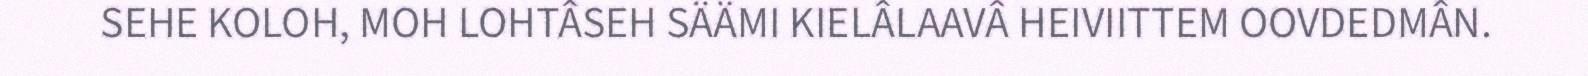
SEHE KOLOH, MOH LOHTÂSEH SÄÄMI KIELÂLAAVÂ HEIVIITTEM OOVDEDMÂN.